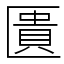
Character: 匱